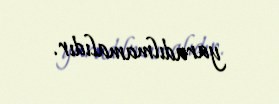
yaradılmamalıdır.